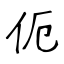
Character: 伌